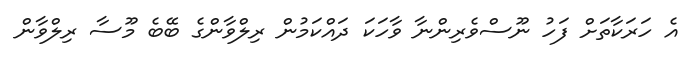
އެ ހަރަކާތަށް ފަހު ނޫސްވެރިންނާ ވާހަކަ ދައްކަމުން ރިލްވާންގެ ބޭބެ މޫސާ ރިލްވާން